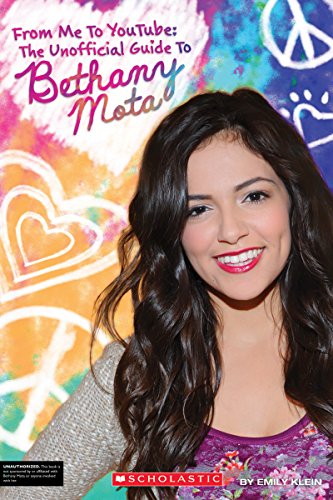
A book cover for From Me to YouTube: The Unofficial Guide to Bethany Mota; Emily Klein; Children's Books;